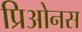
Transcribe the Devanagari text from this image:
प्रिओनस